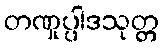
တဏှုပ္ပါဒသုတ္တ